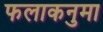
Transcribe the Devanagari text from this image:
फलाकनुमा